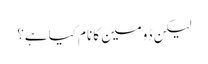
لیکن ڈومین کا نام کیا ہے؟